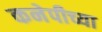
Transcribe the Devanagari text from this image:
कनेपीच्या